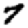
Digit: 7